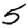
Digit: 5